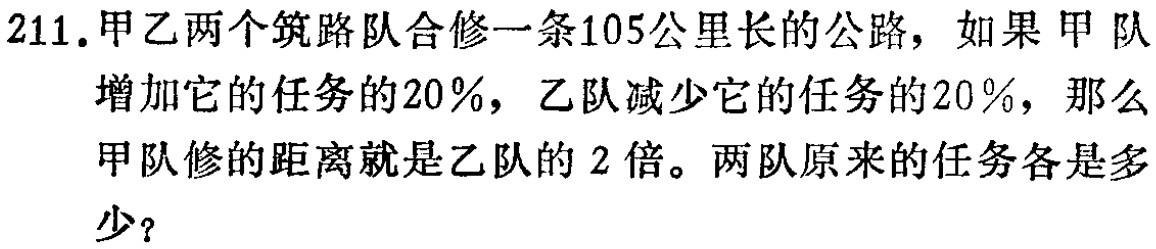
211. 甲乙两个筑路队合修一条105公里长的公路，如果甲队增加它的任务的20％，乙队减少它的任务的20％，那么甲队修的距离就是乙队的2倍。两队原来的任务各是多少？